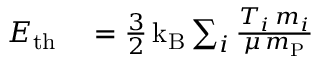
\begin{array} { r l } { E _ { \mathrm { t h } } } & { { } = \frac { 3 } { 2 } \, \mathrm { k _ { B } } \sum _ { i } \frac { T _ { i } \, m _ { i } } { \mu \, m _ { \mathrm { P } } } } \end{array}